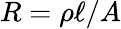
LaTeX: R=\rho\ell/A